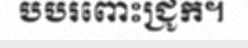
បបរពោះជ្រូក។